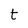
Character: t